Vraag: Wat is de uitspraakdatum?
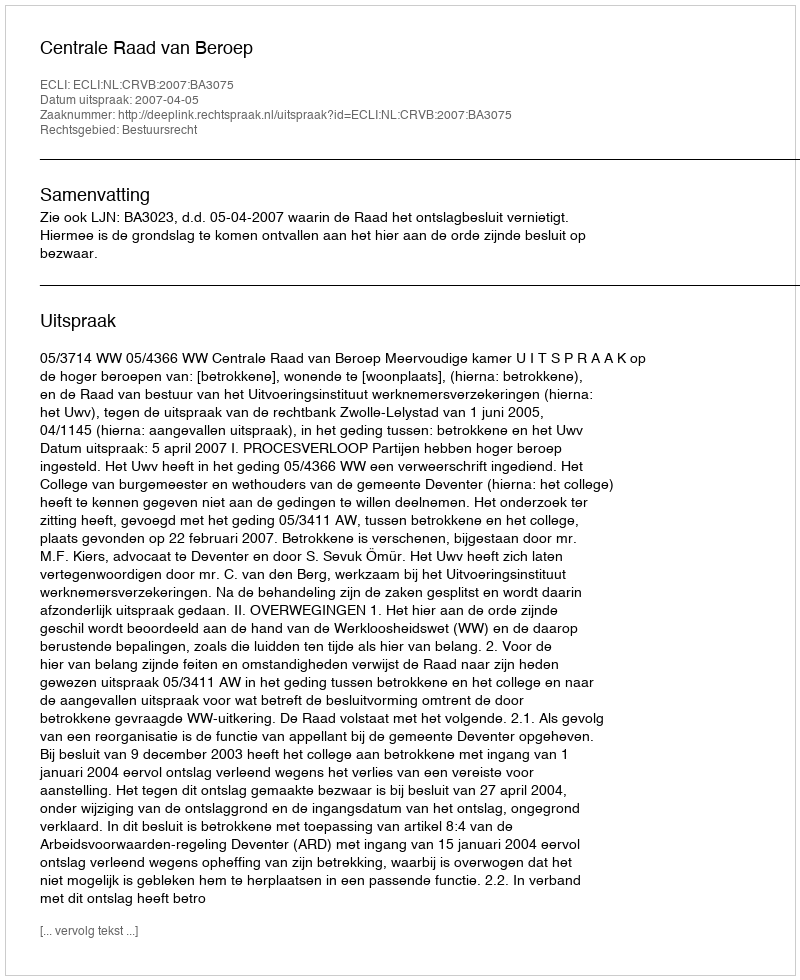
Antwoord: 2007-04-05